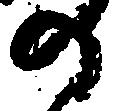
の